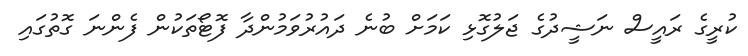
ކުރީގެ ރައީސް ނަޝީދުގެ ޖަލުގޮޅި ކަމަށް ބުނެ ދައުރުވަމުންދާ ފޮޓޯތަކުން ފެންނަ ގޮތުގައި